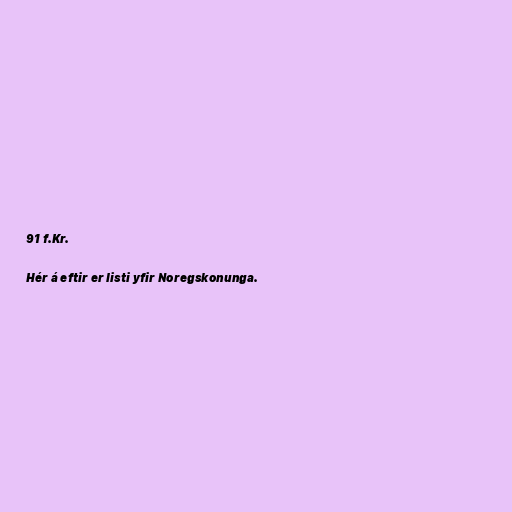
91 f.Kr.

Hér á eftir er listi yfir Noregskonunga.